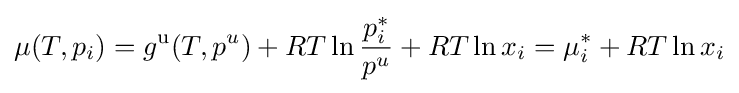
\mu (T,p_{i})=g^{\mathrm {u} }(T,p^{u})+RT\ln {\frac {p_{i}^{*}}{p^{u}}}+RT\ln x_{i}=\mu _{i}^{*}+RT\ln x_{i}